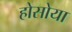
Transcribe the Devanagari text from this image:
होसोया